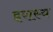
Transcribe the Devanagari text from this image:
इरास्य